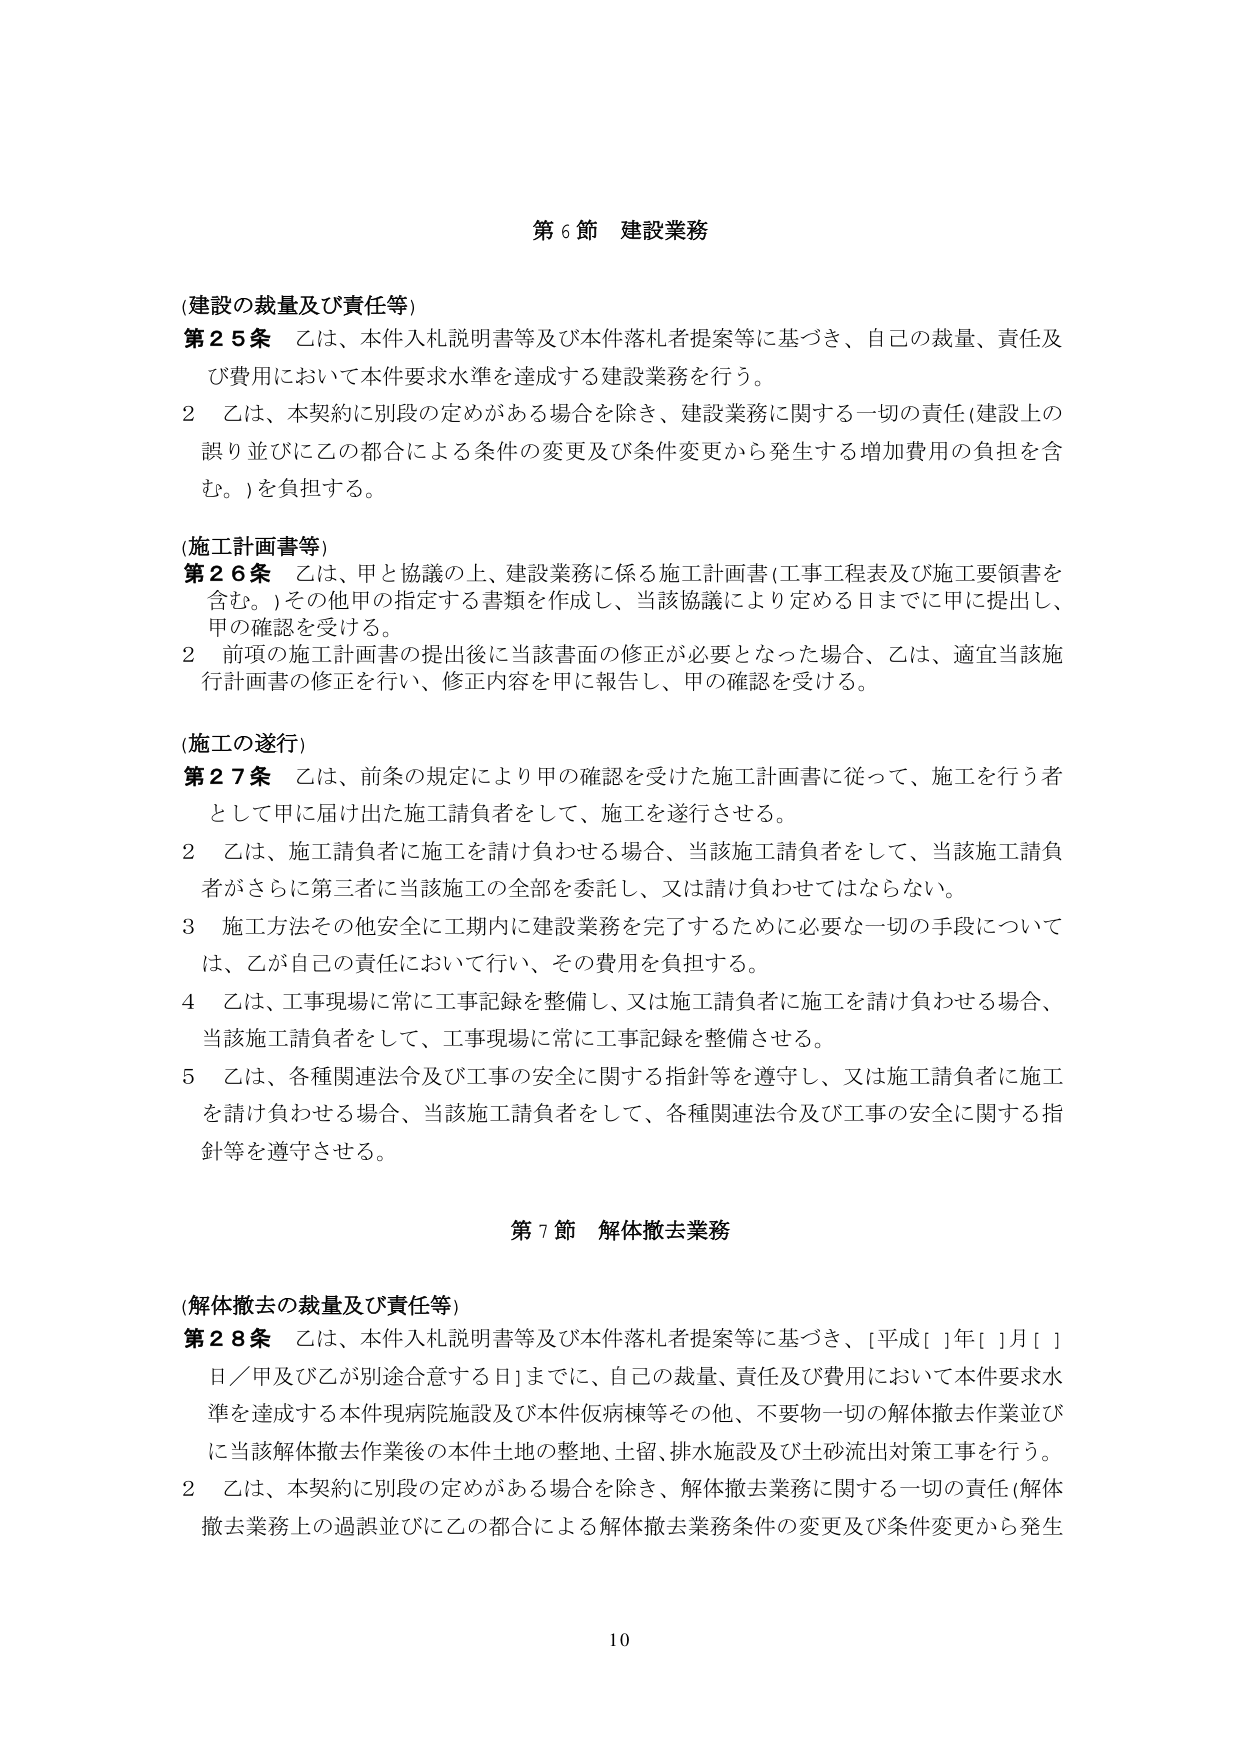
第６節 建設業務

(建設の裁量及び責任等)
第２５条 乙は、本件入札説明書等及び本件落札者提案等に基づき、自己の裁量、責任及び費用において本件要求水準を達成する建設業務を行う。
２ 乙は、本契約に別段の定めがある場合を除き、建設業務に関する一切の責任（建設上の誤り並びに乙の都合による条件の変更及び条件変更から発生する増加費用の負担を含む。）を負担する。

(施工計画書等)
第２６条 乙は、甲と協議の上、建設業務に係る施工計画書（工事工程表及び施工要領書を含む。）その他甲の指定する書類を作成し、当該協議により定める日までに甲に提出し、甲の確認を受ける。
２ 前項の施工計画書の提出後に当該書面の修正が必要となった場合、乙は、適宜当該施行計画書の修正を行い、修正内容を甲に報告し、甲の確認を受ける。

(施工の遂行)
第２７条 乙は、前条の規定により甲の確認を受けた施工計画書に従って、施工を行う者として甲に届け出た施工請負者をして、施工を遂行させる。
２ 乙は、施工請負者に施工を請け負わせる場合、当該施工請負者をして、当該施工請負者がさらに第三者に当該施工の全部を委託し、又は請け負わせてはならない。
３ 施工方法その他安全に工期内に建設業務を完了するために必要な一切の手段については、乙が自己の責任において行い、その費用を負担する。
４ 乙は、工事現場に常に工事記録を整備し、又は施工請負者に施工を請け負わせる場合、当該施工請負者をして、工事現場に常に工事記録を整備させる。
５ 乙は、各種関連法令及び工事の安全に関する指針等を遵守し、又は施工請負者に施工を請け負わせる場合、当該施工請負者をして、各種関連法令及び工事の安全に関する指針等を遵守させる。

第７節 解体撤去業務

(解体撤去の裁量及び責任等)
第２８条 乙は、本件入札説明書等及び本件落札者提案等に基づき、［平成［］年［］月［］日／甲及び乙が別途合意する日］までに、自己の裁量、責任及び費用において本件要求水準を達成する本件現病院施設及び本件仮病棟等その他、不要物一切の解体撤去作業並びに当該解体撤去作業後の本件土地の整地、土留、排水施設及び土砂流出対策工事を行う。
２ 乙は、本契約に別段の定めがある場合を除き、解体撤去業務に関する一切の責任（解体撤去業務上の過誤並びに乙の都合による解体撤去業務条件の変更及び条件変更から発生

10